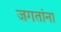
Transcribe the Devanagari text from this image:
जगतांना